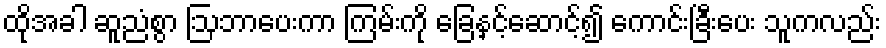
ထိုအခါ ဆူညံစွာ ဩဘာပေးကာ ကြမ်းကို ခြေနှင့်ဆောင့်၍ ကောင်းခြီးပေး သူကလည်း